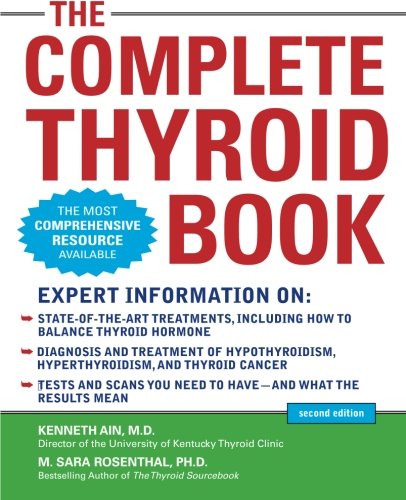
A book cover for The Complete Thyroid Book, Second Edition; Kenneth Ain; Health, Fitness & Dieting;